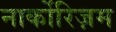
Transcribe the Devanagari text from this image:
नार्कोरिज़म